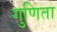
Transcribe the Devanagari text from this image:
गुणिता